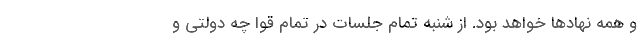
و همه نهادها خواهد بود. از شنبه تمام جلسات در تمام قوا چه دولتی و